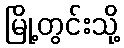
မြို့တွင်းသို့